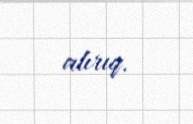
alırıq.